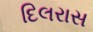
દિલરાસ